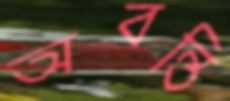
অবন্তি